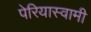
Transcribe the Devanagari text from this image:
पेरियास्वामी